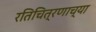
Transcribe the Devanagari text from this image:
रतिचित्रणाच्या